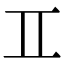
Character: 𮯰